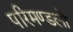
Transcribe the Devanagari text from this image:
परिमण्डलो